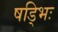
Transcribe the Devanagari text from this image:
षड्भिः